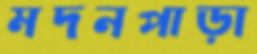
মদনপাড়া